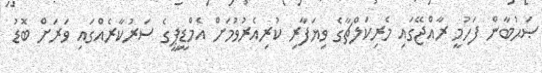
ޞަޙުބާން ފަހުމީ ރާއްޖޭގައި މެރިކަލްޗާގެ ވިޔަފާރި ކުރިއެރުވުމަށް އެމްޑީޕީގެ ސަރުކާރެއްގައި ވަރަށް ބޮޑު